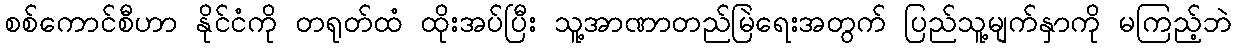
စစ်ကောင်စီဟာ နိုင်ငံကို တရုတ်ထံ ထိုးအပ်ပြီး သူ့အာဏာတည်မြဲရေးအတွက် ပြည်သူ့မျက်နှာကို မကြည့်ဘဲ